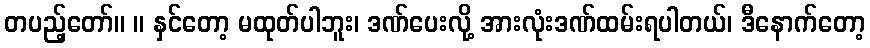
တပည့်တော်။ ။ နှင်တော့ မထုတ်ပါဘူး၊ ဒဏ်ပေးလို့ အားလုံးဒဏ်ထမ်းရပါတယ်၊ ဒီနောက်တော့